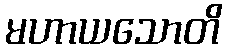
မဟာယသောတိ